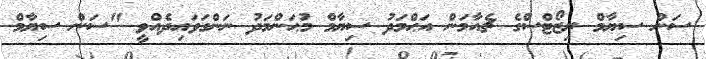
ސަން ސިޔާމް ރިޒޯޓްސްގެ ޗެއާމަން އަޙްމަދު ސިޔާމް މުޙަންމަދު ނަންގަވައިދެއްވީ "ސަން ސިޔާމް